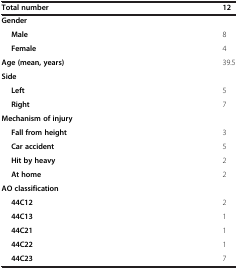
<table><thead><tr><td><b>Total number</b></td><td><b>12</b></td></tr></thead><tbody><tr><td><b>Gender</b></td><td> </td></tr><tr><td><b>Male</b></td><td>8</td></tr><tr><td><b>Female</b></td><td>4</td></tr><tr><td><b>Age (mean, years)</b></td><td>39.5</td></tr><tr><td><b>Side</b></td><td> </td></tr><tr><td><b>Left</b></td><td>5</td></tr><tr><td><b>Right</b></td><td>7</td></tr><tr><td><b>Mechanism of injury</b></td><td> </td></tr><tr><td><b>Fall from height</b></td><td>3</td></tr><tr><td><b>Car accident</b></td><td>5</td></tr><tr><td><b>Hit by heavy</b></td><td>2</td></tr><tr><td><b>At home</b></td><td>2</td></tr><tr><td><b>AO classification</b></td><td> </td></tr><tr><td><b>44C12</b></td><td>2</td></tr><tr><td><b>44C13</b></td><td>1</td></tr><tr><td><b>44C21</b></td><td>1</td></tr><tr><td><b>44C22</b></td><td>1</td></tr><tr><td><b>44C23</b></td><td>7</td></tr></tbody></table>